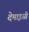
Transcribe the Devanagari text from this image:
देमाइसीं